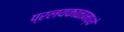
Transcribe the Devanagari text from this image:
प्रलयकाळामध्ये